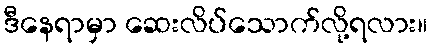
ဒီနေရာမှာ ဆေးလိပ်သောက်လို့ရလား။